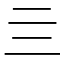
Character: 亖